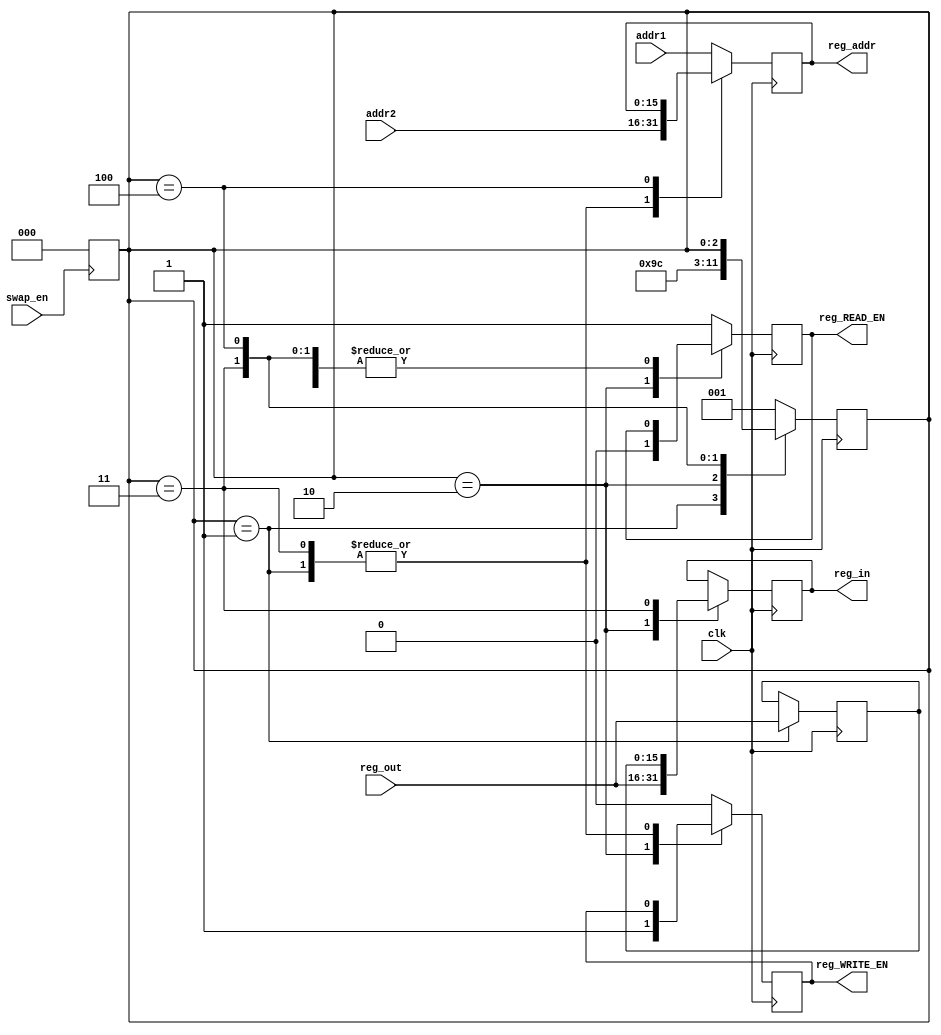
module swap(clk, addr1, addr2, reg_addr, reg_out, reg_in, reg_READ_EN, reg_WRITE_EN, swap_en);
    parameter WORD_SIZE =16;
    input clk, swap_en;
    input [WORD_SIZE-1:0] addr1, addr2, reg_out;
    output reg [WORD_SIZE-1:0] reg_addr, reg_in;
    output reg reg_READ_EN, reg_WRITE_EN;
    reg [WORD_SIZE-1:0] temp1, temp2;
    reg [2:0] state;

    always @(posedge swap_en) state = 0;
    
    
    always @(posedge clk) 
    begin
        case (state)
            
            default :  
                begin
                reg_READ_EN = 1;
                reg_WRITE_EN = 0;
                reg_addr = addr1;
                //$display("default reg_addr=%d", reg_addr);
                state=1;
                end
            
            0:  
                begin
                reg_READ_EN = 1;
                reg_WRITE_EN = 0;
                reg_addr = addr1;
                
                //$display("state0 reg_addr=%d ", reg_addr);
                state =1;
                end
            1:  
                begin
                reg_addr = addr2;
                temp1 = reg_out;
                //$display("state1 reg_addr=%d temp1=%d", reg_addr, temp1);
                state =2;
                end    
            
            2: 
                begin
                reg_READ_EN = 0;
                reg_WRITE_EN = 1;
                reg_addr = addr1;
                temp2 = reg_out;
                reg_in = temp2;
                //$display("state2 reg_addr=%d temp2=%d", reg_addr, temp2);
                state=3;
                end
            3: 
                begin
                reg_addr = addr2;
                reg_in = temp1;
                //$display("state3 reg_addr=%d reg_in=%d", reg_addr, reg_in);
                state = 4;
                end
            4:
                begin
                    reg_WRITE_EN = 0;    
                end          

        endcase
    end
endmodule